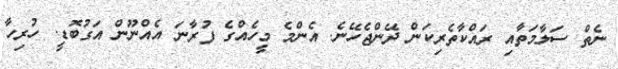
ނެތް ސަލާމަތާއި ރައްކާތެރިކަން ދޭންޖެހޭނެ. އެންމެ މީހެއްގެ ފުރާނަ އެއްނޫން އަގުބޮޑީ. ހުރިހާ